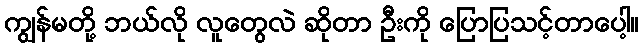
ကျွန်မတို့ ဘယ်လို လူတွေလဲ ဆိုတာ ဦးကို ပြောပြသင့်တာပေါ့။